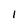
Character: l